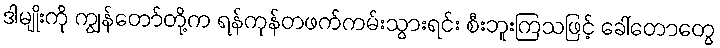
ဒါမျိုးကို ကျွန်တော်တို့က ရန်ကုန်တဖက်ကမ်းသွားရင်း စီးဘူးကြသဖြင့် ခေါ်တောတွေ